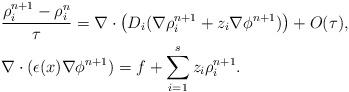
LaTeX: \begin{align*}& \frac{\rho^{n+1}_i-\rho^n_i}{\tau}= \nabla \cdot \left(D_i(\nabla \rho^{n+1}_i +z_i\nabla\phi^{n+1})\right)+O(\tau),\\& \nabla \cdot (\epsilon(x)\nabla \phi^{n+1})=f+\sum_{i=1}^sz_i\rho_i^{n+1}.\end{align*}